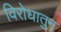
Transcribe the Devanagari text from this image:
विरोधातुन